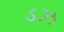
ડઝ